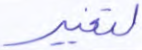
لتغيير